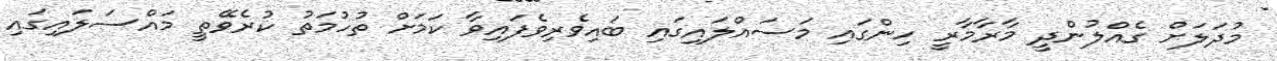
މުދަލަށް ގެއްލުންދީ މާރާމާރީ ހިންގައި މަސައްލައިގައި ބައިވެރިވެފައިވާ ކަމަށް ތުހުމަތު ކުރެވޭތީ މައްސަލައިގައި